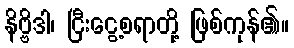
နိဗ္ဗိဒါ၊ ငြီးငွေ့စရာတို့ ဖြစ်ကုန်၏။